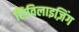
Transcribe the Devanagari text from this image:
सिविलाइज़िंग